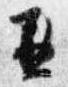
兼